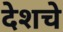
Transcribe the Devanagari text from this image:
देशचे